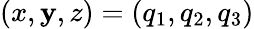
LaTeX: (x,\mathbf{y},z)=(q_{1},q_{2},q_{3})